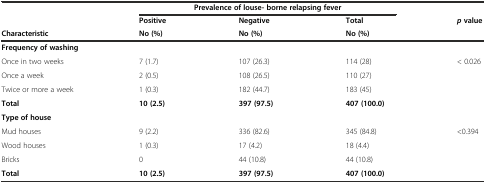
<table><thead><tr><td></td><td colspan="3"><b>Prevalence of louse- borne relapsing fever</b></td><td></td></tr><tr><td></td><td><b>Positive</b></td><td><b>Negative</b></td><td><b>Total</b></td><td rowspan="2"><b><i>p</i>value</b></td></tr><tr><td><b>Characteristic</b></td><td><b>No (%)</b></td><td><b>No (%)</b></td><td><b>No (%)</b></td></tr></thead><tbody><tr><td><b>Frequency of washing</b></td><td></td><td></td><td></td><td></td></tr><tr><td>Once in two weeks</td><td>7 (1.7)</td><td>107 (26.3)</td><td>114 (28)</td><td rowspan="5">&lt; 0.026</td></tr><tr><td>Once a week</td><td>2 (0.5)</td><td>108 (26.5)</td><td>110 (27)</td></tr><tr><td>Twice or more a week</td><td>1 (0.3)</td><td>182 (44.7)</td><td>183 (45)</td></tr><tr><td><b>Total</b></td><td><b>10 (2.5)</b></td><td><b>397 (97.5)</b></td><td><b>407 (100.0)</b></td></tr><tr><td><b>Type of house</b></td><td></td><td></td><td></td></tr><tr><td>Mud houses</td><td>9 (2.2)</td><td>336 (82.6)</td><td>345 (84.8)</td><td rowspan="4">&lt;0.394</td></tr><tr><td>Wood houses</td><td>1 (0.3)</td><td>17 (4.2)</td><td>18 (4.4)</td></tr><tr><td>Bricks</td><td>0</td><td>44 (10.8)</td><td>44 (10.8)</td></tr><tr><td><b>Total</b></td><td><b>10 (2.5)</b></td><td><b>397 (97.5)</b></td><td><b>407 (100.0)</b></td></tr></tbody></table>